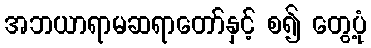
အဘယာရာမဆရာတော်နှင့် စ၍ တွေ့ပုံ